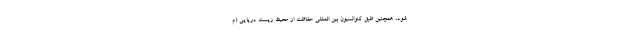
شود، همچنین طبق کنوانسیون بین المللی حفاظت از محیط زیست دریایی (م